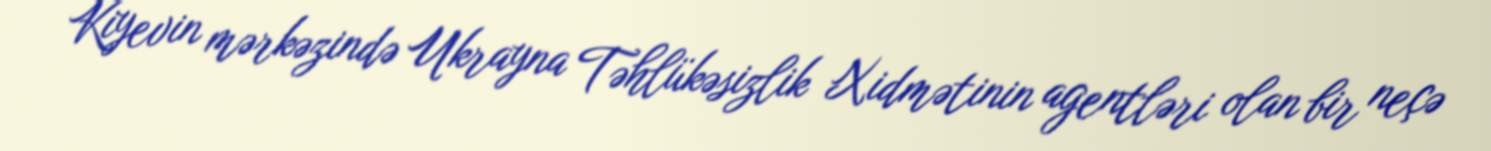
Kiyevin mərkəzində Ukrayna Təhlükəsizlik Xidmətinin agentləri olan bir neçə